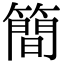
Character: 簡